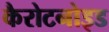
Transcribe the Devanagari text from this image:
कैरोटनोइड